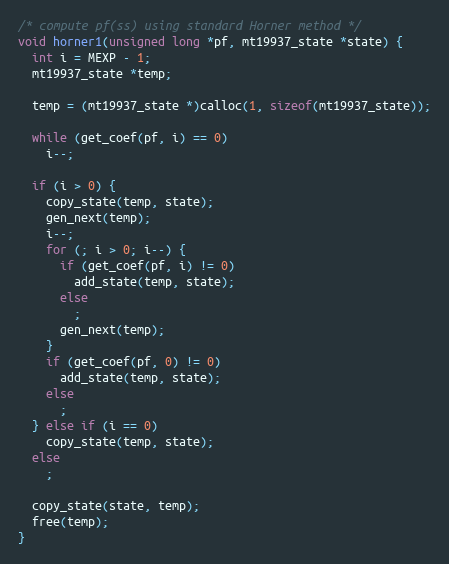
Language: C
/* compute pf(ss) using standard Horner method */
void horner1(unsigned long *pf, mt19937_state *state) {
  int i = MEXP - 1;
  mt19937_state *temp;

  temp = (mt19937_state *)calloc(1, sizeof(mt19937_state));

  while (get_coef(pf, i) == 0)
    i--;

  if (i > 0) {
    copy_state(temp, state);
    gen_next(temp);
    i--;
    for (; i > 0; i--) {
      if (get_coef(pf, i) != 0)
        add_state(temp, state);
      else
        ;
      gen_next(temp);
    }
    if (get_coef(pf, 0) != 0)
      add_state(temp, state);
    else
      ;
  } else if (i == 0)
    copy_state(temp, state);
  else
    ;

  copy_state(state, temp);
  free(temp);
}